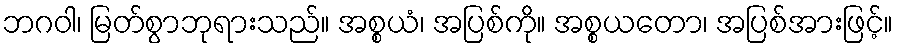
ဘဂဝါ၊ မြတ်စွာဘုရားသည်။ အစ္စယံ၊ အပြစ်ကို။ အစ္စယတော၊ အပြစ်အားဖြင့်။